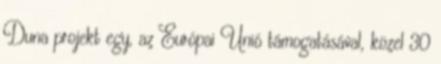
Duna projekt egy, az Európai Unió támogatásával, közel 30